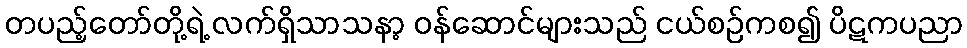
တပည့်တော်တို့ရဲ့ လက်ရှိသာသနာ့ ဝန်ဆောင်များသည် ငယ်စဉ်ကစ၍ ပိဋကပညာ